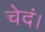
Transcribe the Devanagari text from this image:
चेदं।